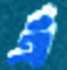
এঁ